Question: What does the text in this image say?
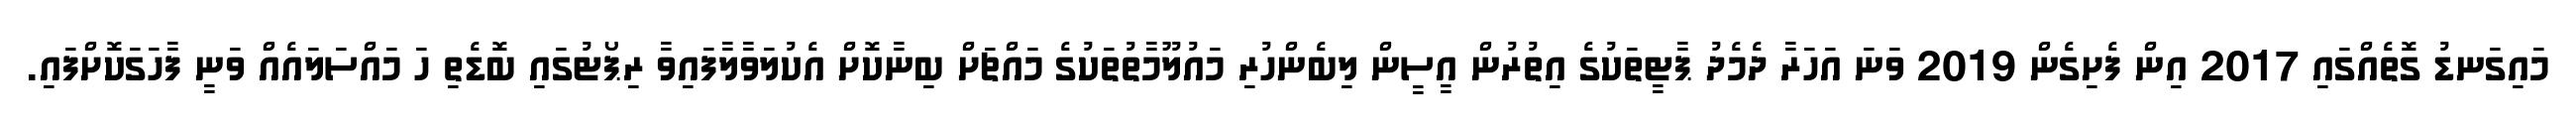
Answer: މައިގަނޑު ގޮތެއްގައި 2017 އިން ފެށިގެން 2019 ވަނަ އަހަރާ ދެމެދު ޕާޓީތަކުގެ އިތުރުން އީސީން ލިބެންހުރި މައުލޫމާތުތަކުގެ މައްޗަށް ބިނާކޮށް އެކުލަވާލާފައިވާ ރިޕޯޓުގައި ބޮޑެތި ހަ މައްސަލައެއް ވަނީ ފާހަގަކޮށްފައި.